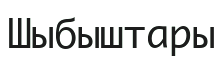
Шыбыштары